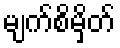
မျက်စိမှိတ်